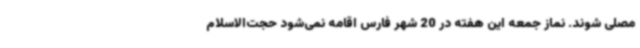
مصلی شوند. نماز جمعه این هفته در 20 شهر فارس اقامه نمی‌شود حجت‌الاسلام